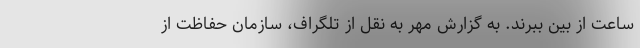
ساعت از بین ببرند. به گزارش مهر به نقل از تلگراف، سازمان حفاظت از